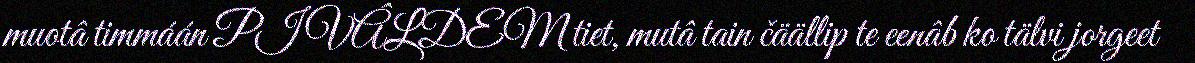
muotâ timmáán PIVÂLDEM tiet, mutâ tain čäällip te eenâb ko tälvi jorgeet